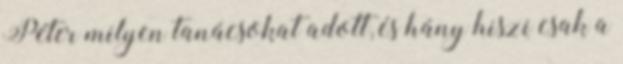
Péter milyen tanácsokat adott, és hány hiszi csak a